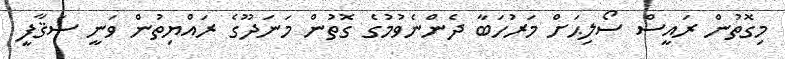
މިގޮތުން ރައީސް ސޯލިޙަށް މަރުހަބާ ދެންނެވުމުގެ ގޮތުން މަނަދޫގެ ރައްޔިތުން ވަނީ ސަޤާފީ